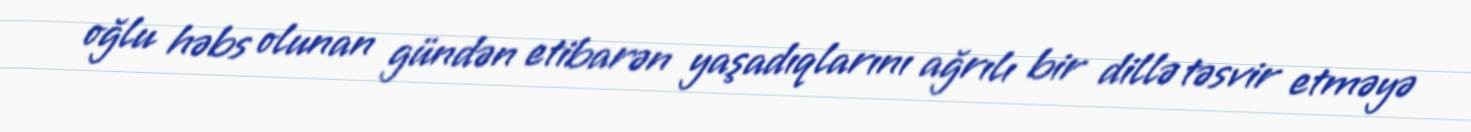
oğlu həbs olunan gündən etibarən yaşadıqlarını ağrılı bir dillə təsvir etməyə